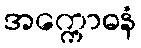
အက္ကောဓနံ